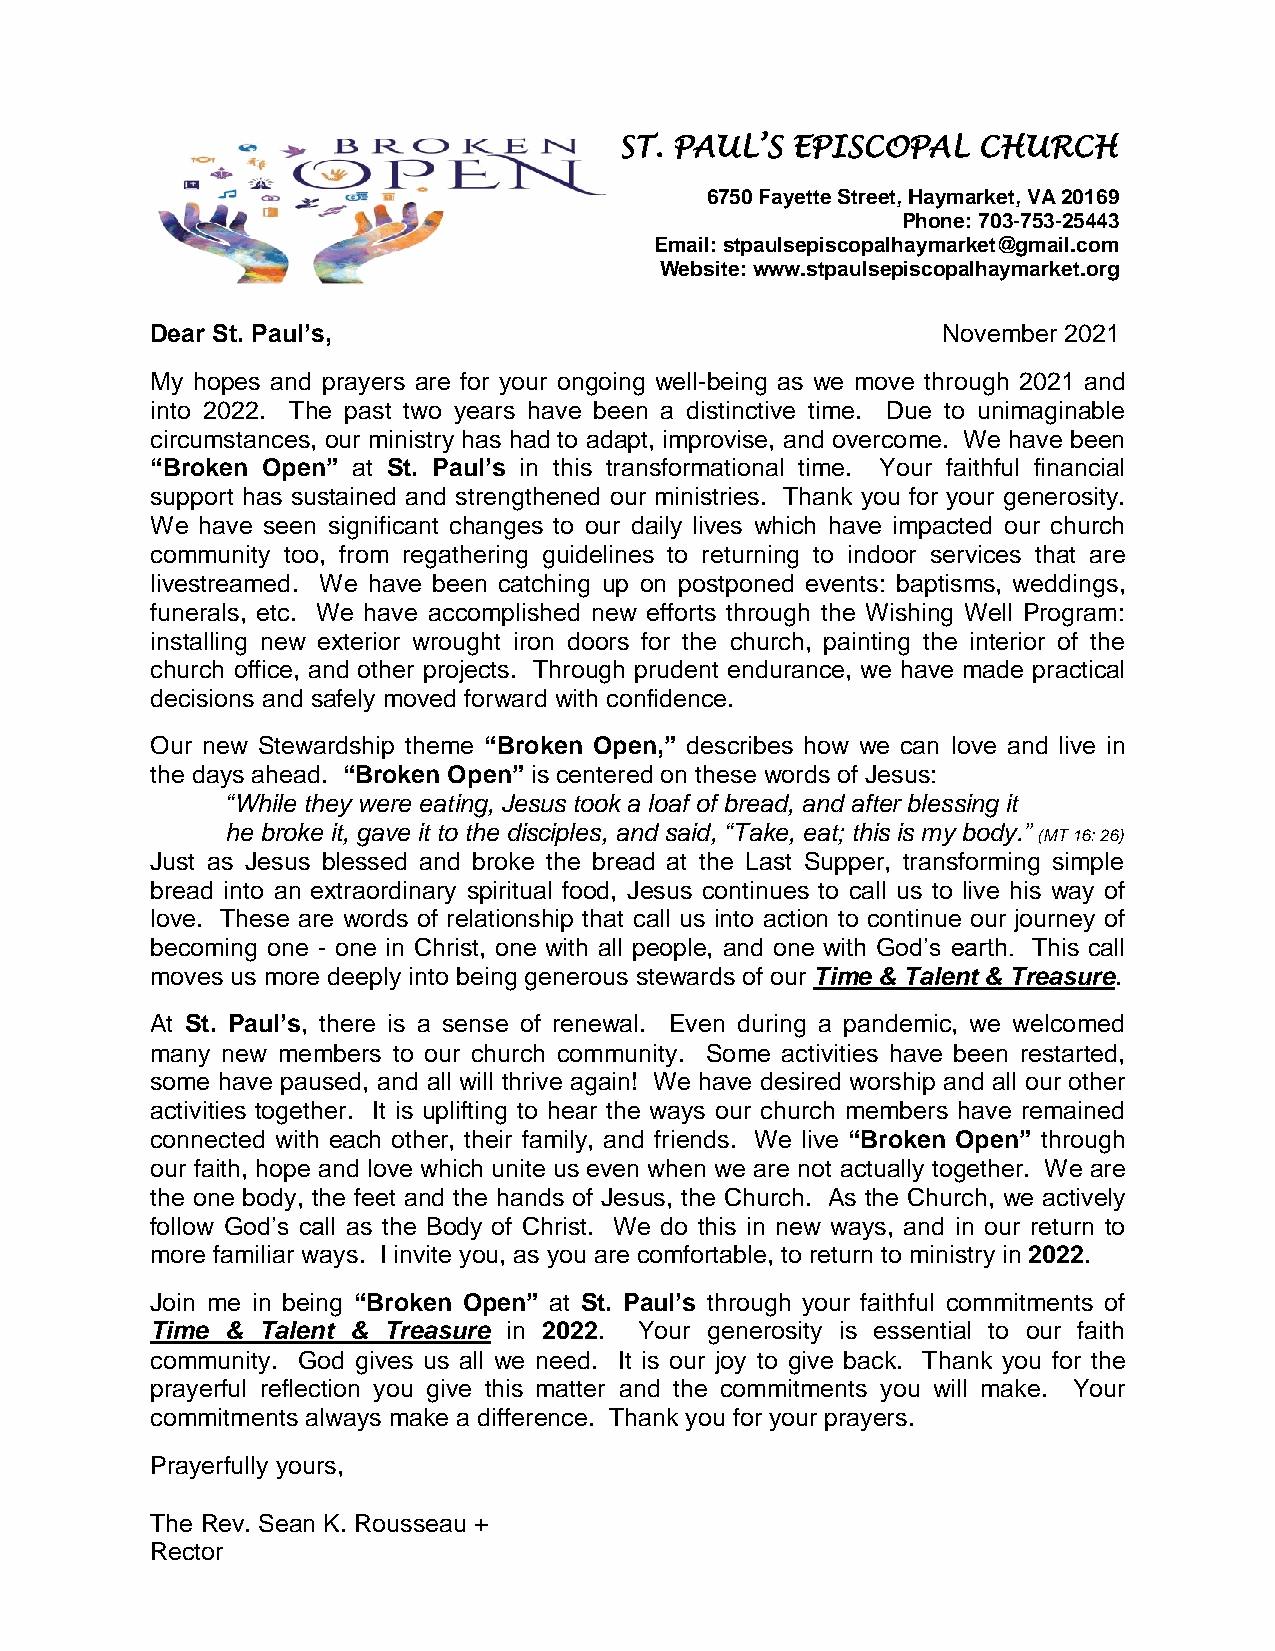
ST. PAUL’S EPISCOPAL    CHURCH
 6750 Fayette Street, Haymarket, VA 20169
 Phone: 703-753-25443
 Email: stpaulsepiscopalhaymarket@gmail.com
 Website: www.stpaulsepiscopalhaymarket.org
 Dear St. Paul’s,                                    November 2021
 My hopes and prayers are for your ongoing well-being as we move through 2021 and
 into 2022. The past two years have been a distinctive time. Due to unimaginable
 circumstances, our ministry has had to adapt, improvise, and overcome. We have been
 “Broken Open” at St. Paul’s in this transformational time. Your faithful financial
 support has sustained and strengthened our ministries. Thank you for your generosity.
 We have seen significant changes to our daily lives which have impacted our church
 community too, from regathering guidelines to returning to indoor services that are
 livestreamed. We have been catching up on postponed events: baptisms, weddings,
 funerals, etc. We have accomplished new efforts through the Wishing Well Program:
 installing new exterior wrought iron doors for the church, painting the interior of the
 church office, and other projects. Through prudent endurance, we have made practical
 decisions and safely moved forward with confidence.
 Our new Stewardship theme “Broken Open,” describes how we can love and live in
 the days ahead. “Broken Open” is centered on these words of Jesus:
 “While they were eating, Jesus took a loaf of bread, and after blessing it
 he broke it, gave it to the disciples, and said, “Take, eat; this is my body.”
 (MT 16: 26)
 Just as Jesus blessed and broke the bread at the Last Supper, transforming simple
 bread into an extraordinary spiritual food, Jesus continues to call us to live his way of
 love. These are words of relationship that call us into action to continue our journey of
 becoming one - one in Christ, one with all people, and one with God’s earth. This call
 moves us more deeply into being generous stewards of our Time & Talent & Treasure.
 At St. Paul’s, there is a sense of renewal. Even during a pandemic, we welcomed
 many new members to our church community. Some activities have been restarted,
 some have paused, and all will thrive again! We have desired worship and all our other
 activities together. It is uplifting to hear the ways our church members have remained
 connected with each other, their family, and friends. We live “Broken Open” through
 our faith, hope and love which unite us even when we are not actually together. We are
 the one body, the feet and the hands of Jesus, the Church. As the Church, we actively
 follow God’s call as the Body of Christ. We do this in new ways, and in our return to
 more familiar ways. I invite you, as you are comfortable, to return to ministry in 2022.
 Join me in being “Broken Open” at St. Paul’s through your faithful commitments of
 Time & Talent & Treasure in 2022. Your generosity is essential to our faith
 community. God gives us all we need. It is our joy to give back. Thank you for the
 prayerful reflection you give this matter and the commitments you will make. Your
 commitments always make a difference. Thank you for your prayers.
 Prayerfully yours,
 The Rev. Sean K. Rousseau +
 Rector